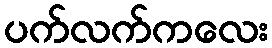
ပက်လက်ကလေး